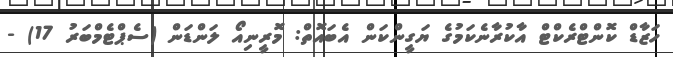
ހަޒާޑް ކޮންޓްރެކްޓް އާކުރާނެކަމުގެ ޔަގީންކަން އެބައޮތް: މޮރީނިއޯ ލަންޑަން (ސެޕްޓެމްބަރު 17) -